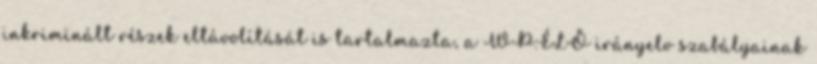
inkriminált részek eltávolítását is tartalmazta, a WP:ÉLŐ irányelv szabályainak